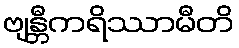
ဗျန္တီကရိဿာမီတိ